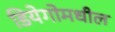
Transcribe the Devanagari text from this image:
डियेगोमधील